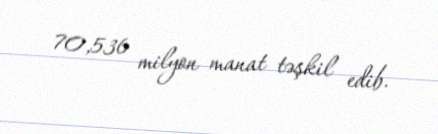
70,536 milyon manat təşkil edib.